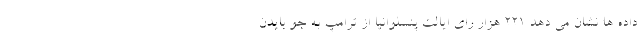
داده ها نشان می دهد ۲۲۱ هزار رای ایالت پنسلوانیا از ترامپ به جو بایدن